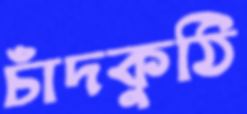
চাঁদকুঠি